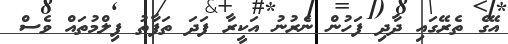
އޭގެ ތެރޭގައި ދާދި ފަހުން ނެރުނު އަކީރާ ފަދަ ތަފާތު ފިލްމުތައް ވެސް